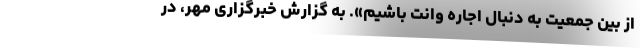
از بین جمعیت به دنبال اجاره وانت باشیم». به گزارش خبرگزاری مهر، در